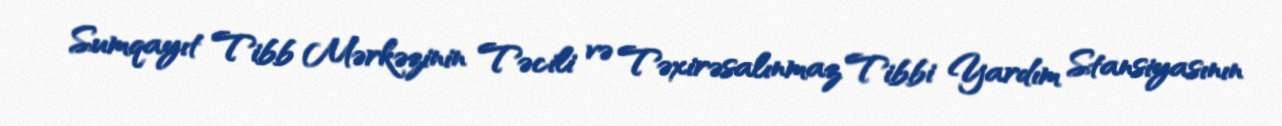
Sumqayıt Tibb Mərkəzinin Təcili və Təxirəsalınmaz Tibbi Yardım Stansiyasının